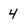
Character: 4